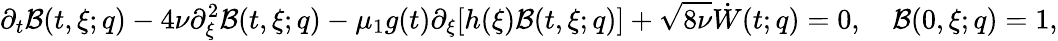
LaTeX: \partial_{t}\mathcal{B}(t,\xi;q)-4\nu\partial_{\xi}^{2}\mathcal{B}(t,\xi;q)-\mu_{1}g(t)\partial_{\xi}[h(\xi)\mathcal{B}(t,\xi;q)]+\sqrt{8\nu}\dot{W}(t;q)=0,\quad\mathcal{B}(0,\xi;q)=1,